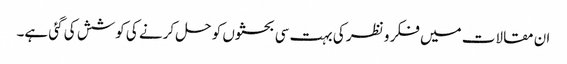
ان مقالات میں فکر و نظر کی بہت سی بحثوں کو حل کرنے کی کوشش کی گئی ہے۔